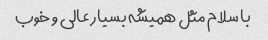
با سلام مثل همیشه بسیار عالی و خوب